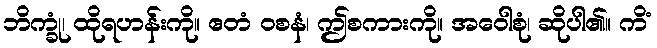
ဘိက္ခုံ၊ ထိုရဟန်းကို။ ဧတံ ဝစနံ၊ ဤစကားကို။ အဝေါစုံ၊ ဆိုပါ၏။ ကိံ